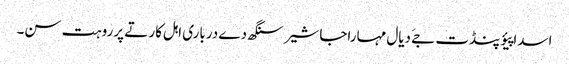
اسدا پیؤ پنڈت جےَ دیال مہاراجا شیر سنگھ دے درباری اہل کار تے پرروہت سن۔